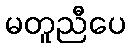
မတူညီပေ